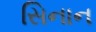
સિનાન